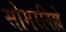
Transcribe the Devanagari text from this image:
सोमरविल्ले